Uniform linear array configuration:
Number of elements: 12
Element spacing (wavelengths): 0.75
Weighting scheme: exponential
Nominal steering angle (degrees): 60
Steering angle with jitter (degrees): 59.564
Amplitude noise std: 0.05
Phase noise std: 0.05

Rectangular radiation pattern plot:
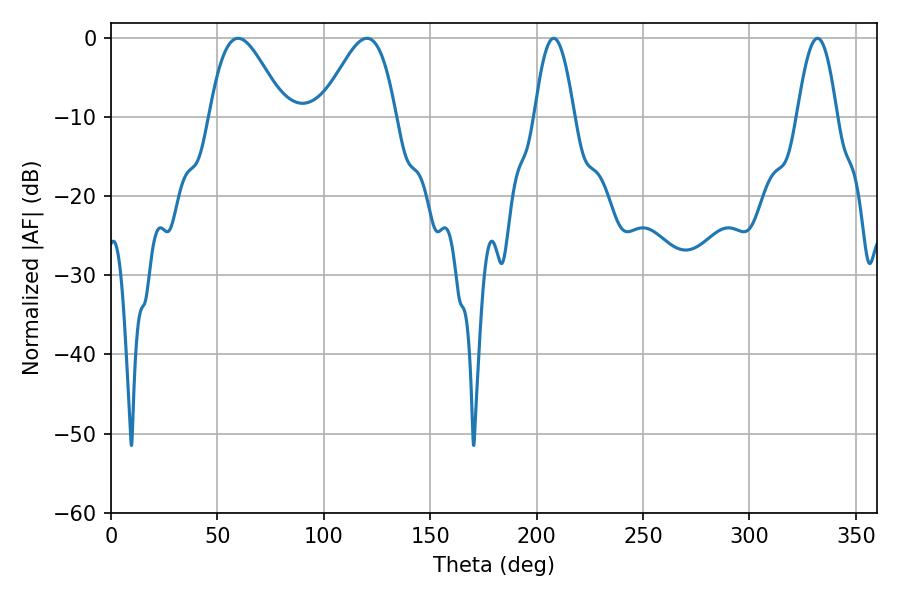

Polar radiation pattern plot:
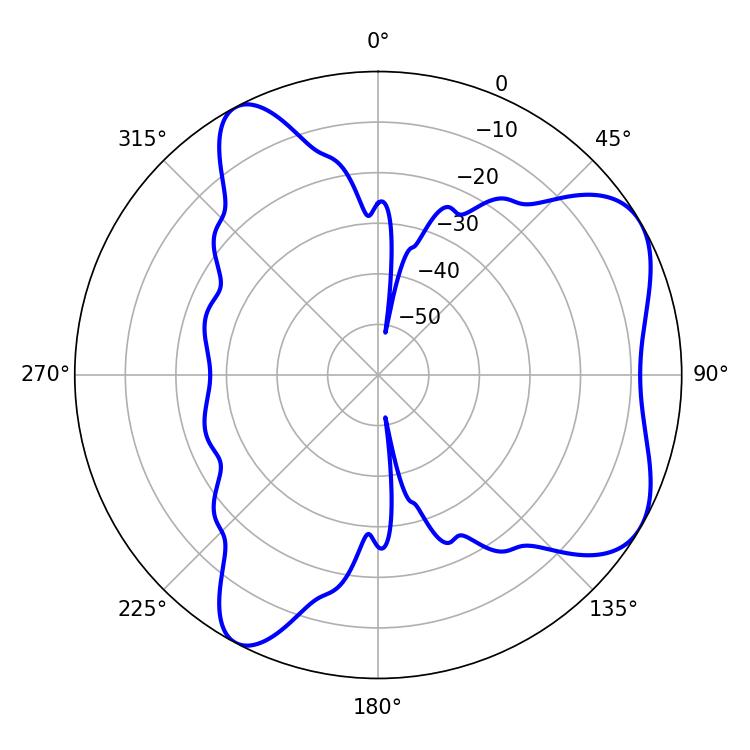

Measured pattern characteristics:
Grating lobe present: TRUE
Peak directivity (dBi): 6.177
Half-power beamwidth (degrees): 18.72
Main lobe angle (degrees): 59.76